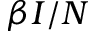
\beta I / N